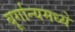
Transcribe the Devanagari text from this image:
बूर्गान्यमध्ये